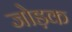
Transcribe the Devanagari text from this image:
जोड़क